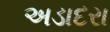
અડાદરા